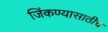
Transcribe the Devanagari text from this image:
जिंकण्यासाठीच